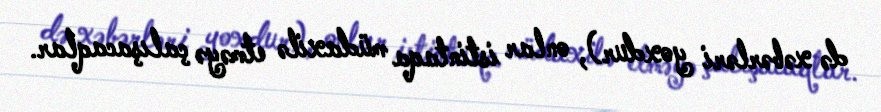
də xəbərləri yoxdur), onlar istintaqa müdaxilə etməyə çalışacaqlar.